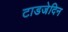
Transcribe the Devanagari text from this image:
टाडजेदिन